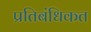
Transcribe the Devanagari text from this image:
प्रतिबंधिकत